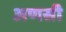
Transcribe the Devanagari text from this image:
अणसी